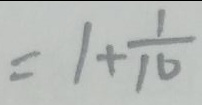
= 1 + \frac { 1 } { 1 0 }